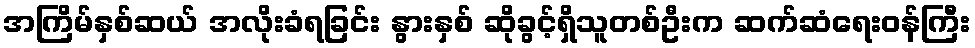
အကြိမ်နှစ်ဆယ် အလိုးခံရခြင်း နွားနှစ် ဆိုခွင့်ရှိသူတစ်ဦးက ဆက်ဆံရေးဝန်ကြီး